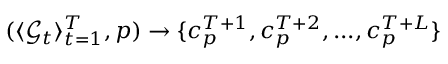
( \langle \mathcal { G } _ { t } \rangle _ { t = 1 } ^ { T } , p ) \to \{ c _ { p } ^ { T + 1 } , c _ { p } ^ { T + 2 } , . . . , c _ { p } ^ { T + L } \}